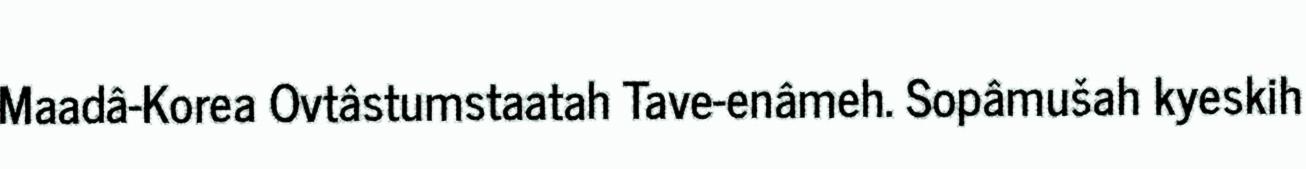
Maadâ-Korea Ovtâstumstaatah Tave-enâmeh. Sopâmušah kyeskih